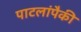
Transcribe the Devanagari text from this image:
पाटलांपैकी